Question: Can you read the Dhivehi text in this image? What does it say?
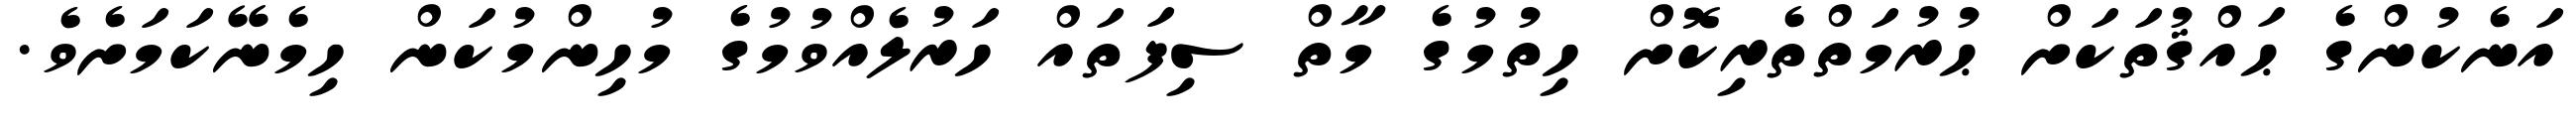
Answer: އަނެކުންގެ ޙައްޤުތަކަށް ޙުރުމަތްތެރިކޮށް ހިތުމުގެ މާތް ސިފަތައް ހަރުލެއްވުމުގެ މުހިންމުކަން ހިމެނޭކަމަށެވެ.